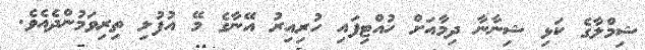
ޝިމްލާގެ ކަޅި ޝިނާނާ ދިމާއަށް ހުއްޓިފައި ހުރިއިރު އޭނާގެ މޭ އުފުލި ތިރިވަމުންދެއެވެ.